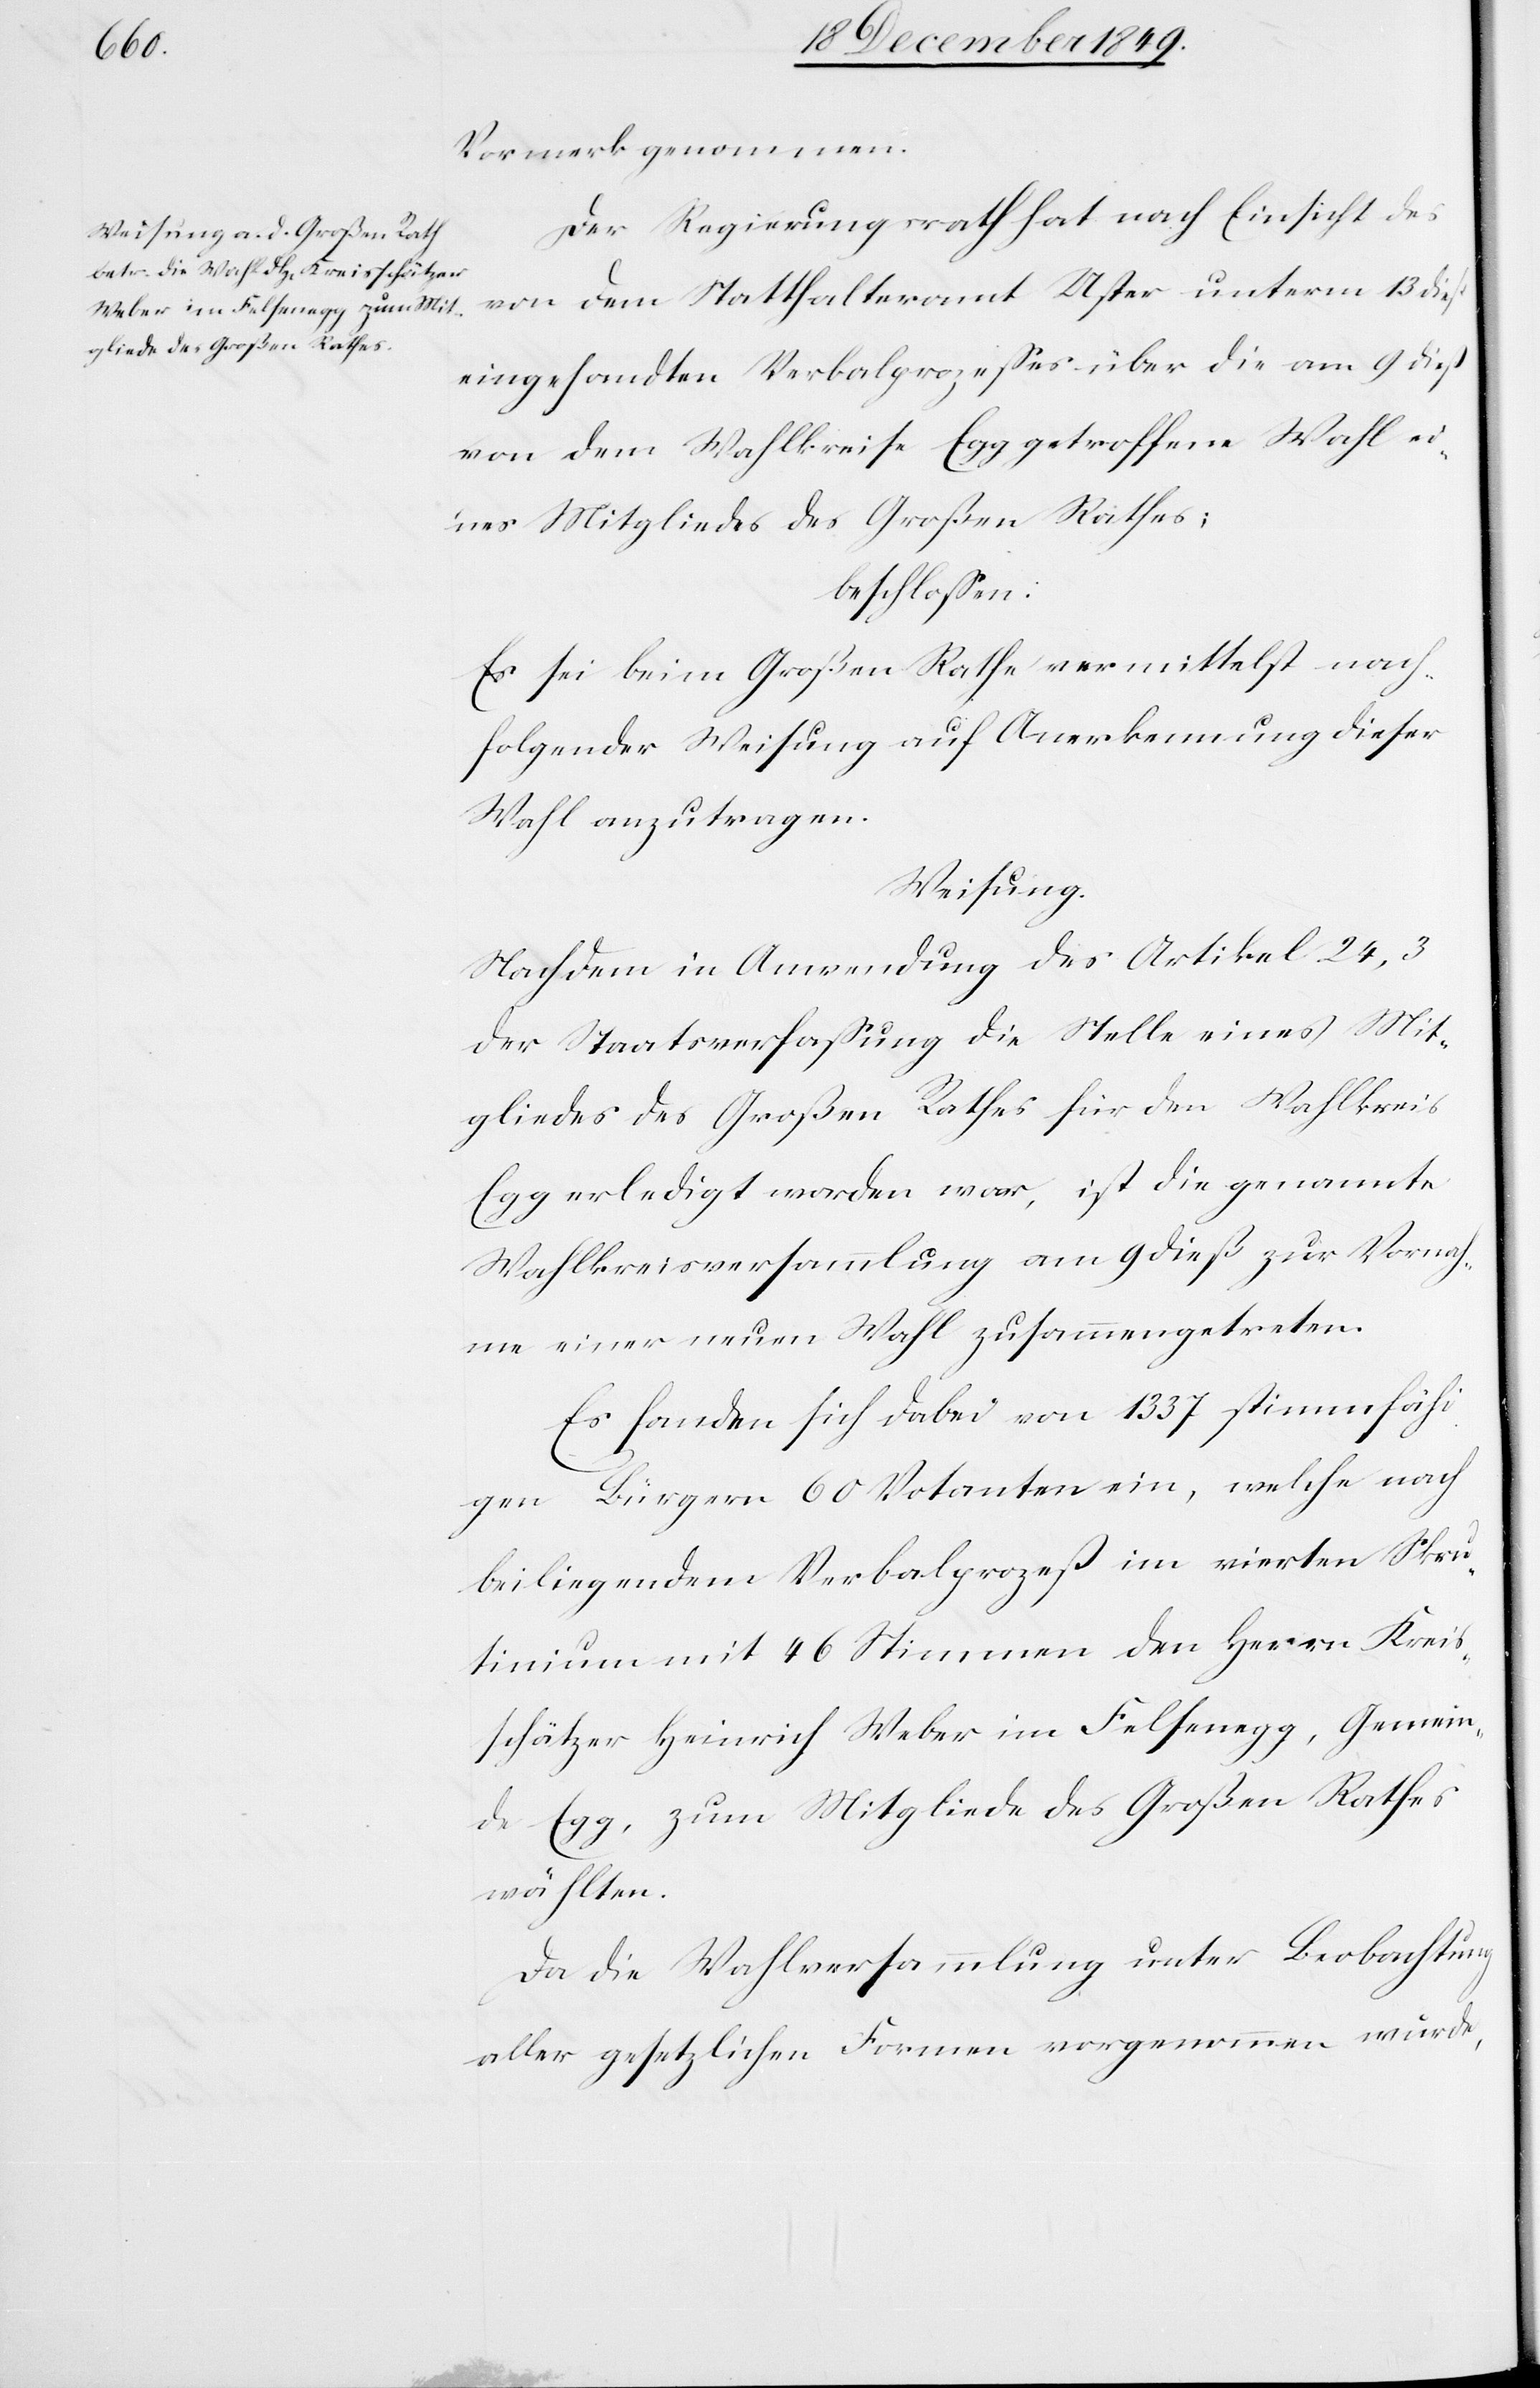
Vormerk genommen.
Der Regierungsrath hat nach Einsicht des
von dem Statthalteramt Uster unterm 13 dieß
eingesandten Verbalprozeßes über die am 9 dieß
von dem Wahlkreise Egg getroffene Wahl ei¬
nes Mitgliedes des Großen Rathes;
beschloßen:
Es sei beim Großen Rathe vermittelst nach¬
folgender Weisung auf Anerkennung dieser
Wahl anzutragen.
Weisung.
Nachdem in Anwendung des Artikel 24,3
der Staatsverfaßung die Stelle eines Mit¬
gliedes des Großen Rathes für den Wahlkreis
Egg erledigt worden war, ist die gesammte
Wahlversammlung am 9 dieß zur Vornah¬
me einer neuen Wahl zusammengetreten.
Es fanden sich dabei von 1337 stimmfähi¬
gen Bürgern 60 Votanten ein, welche nach
beiliegendem Verbalprozeß im vierten Scru¬
tinium mit 46 Stimmen den Herrn Kreis¬
schätzer Heinrich Weber im Felsenegg, Gemein¬
de Egg, zum Mitgliede des Großen Rathes
wählten.
Da die Wahlversammlung unter Beobachtung
aller gesetzlichen Formen vorgenommen würde,